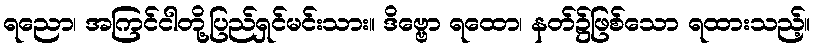
ရညော၊ အကြင်ငါတို့ပြည်ရှင်မင်းသား။ ဒိဗ္ဗော ရထော၊ နတ်၌ဖြစ်သော ရထားသည့်။